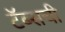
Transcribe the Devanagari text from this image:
टॅब्सची